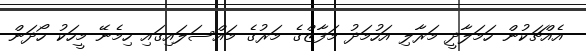
އެއްޗަކުން ހަމަލާދީ މަރާލި އަހުމަދު މަފާޒްގެ މަރުގެ މައްސަލައިގައި ހިމެނޭ މީހަކު ހޯދަން